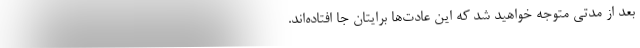
بعد از مدتی متوجه خواهید شد که این عادت‌ها برایتان جا افتاده‌اند.